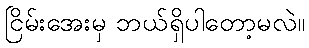
ငြိမ်းအေးမှ ဘယ်ရှိပါတော့မလဲ။